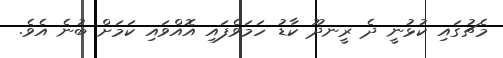
މެޗުގައި ކުޅުނީ ދެ ރީނދޫ ކާޑު ހަމަވެފައި އޮއްވައި ކަމަށް ބުނެ އެވެ.